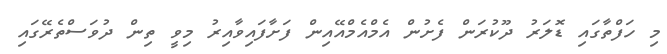
މި ހަފްތާގައި ޑޮލަރު ދޫކުރަން ފެށުން އެމްއެމްއޭއިން ފަށާފައިވާއިރު މިވީ ތިން ދުވަސްތެރޭގައި